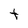
Character: t